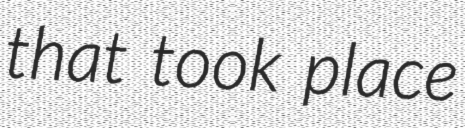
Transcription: that took place